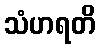
သံဟရတိ